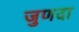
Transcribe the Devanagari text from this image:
जुणदा